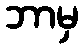
ဘာမှ